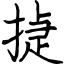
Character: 㨗